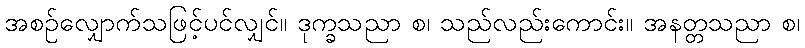
အစဉ်လျှောက်သဖြင့်ပင်လျှင်။ ဒုက္ခသညာ စ၊ သည်လည်းကောင်း။ အနတ္တသညာ စ၊